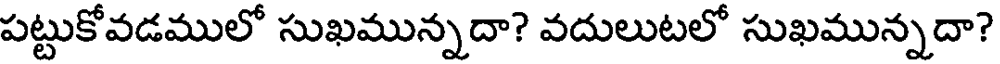
పట్టుకోవడములో సుఖమున్నదా? వదులుటలో సుఖమున్నదా?